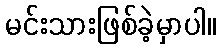
မင်းသားဖြစ်ခဲ့မှာပါ။